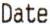
DATE